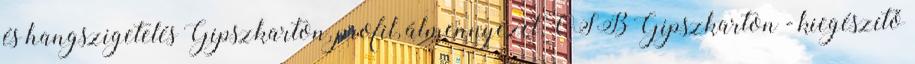
és hangszigetelés Gipszkarton, profil, álmennyezet, OSB Gipszkarton - kiegészítő